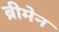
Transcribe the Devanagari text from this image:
ब्रीमेन